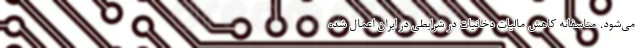
می‌شود. متاسفانه کاهش مالیات دخانیات در شرایطی در ایران اعمال شده